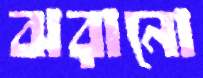
ঝরানো